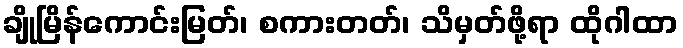
ချိုမြိန်ကောင်းမြတ်၊ စကားတတ်၊ သိမှတ်ဖို့ရာ ထိုဂါထာ